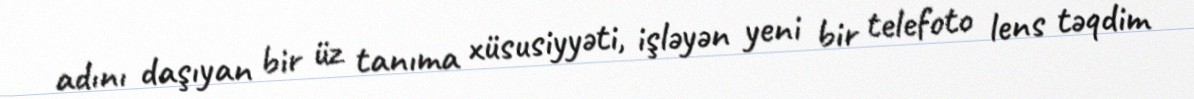
adını daşıyan bir üz tanıma xüsusiyyəti, işləyən yeni bir telefoto lens təqdim